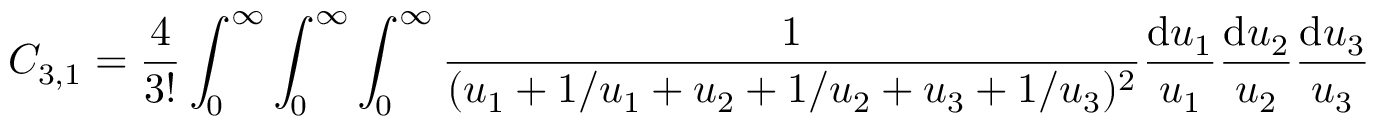
C _ { 3 , 1 } = \frac { 4 } { 3 ! } \int _ { 0 } ^ { \infty } \int _ { 0 } ^ { \infty } \int _ { 0 } ^ { \infty } \frac { 1 } { ( u _ { 1 } + 1 / u _ { 1 } + u _ { 2 } + 1 / u _ { 2 } + u _ { 3 } + 1 / u _ { 3 } ) ^ { 2 } } \frac { \mathrm { d } u _ { 1 } } { u _ { 1 } } \frac { \mathrm { d } u _ { 2 } } { u _ { 2 } } \frac { \mathrm { d } u _ { 3 } } { u _ { 3 } }